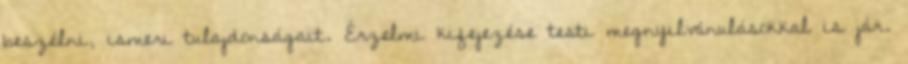
beszélni, ismeri tulajdonságait. Érzelmi kifejezése testi megnyilvánulásokkal is jár.